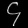
Digit: ၄